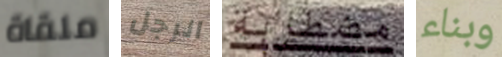
ملقاة الرجل مضطربة وبناء